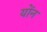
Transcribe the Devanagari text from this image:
योंन